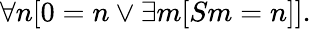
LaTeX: \forall n[0=n\lor\exists m[Sm=n]].